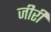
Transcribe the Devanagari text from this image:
जीरी